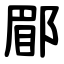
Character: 郿